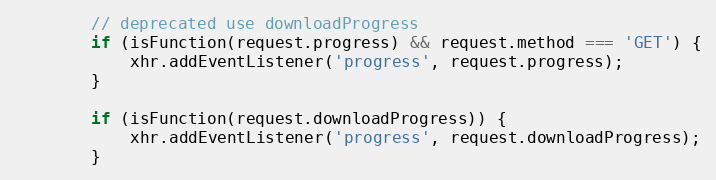
Language: JavaScript
        // deprecated use downloadProgress
        if (isFunction(request.progress) && request.method === 'GET') {
            xhr.addEventListener('progress', request.progress);
        }

        if (isFunction(request.downloadProgress)) {
            xhr.addEventListener('progress', request.downloadProgress);
        }